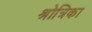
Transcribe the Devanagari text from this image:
श्रोत्रिका